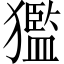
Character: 㺝